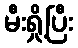
မီးရှို့ပြီး